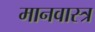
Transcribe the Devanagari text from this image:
मानवास्त्र